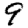
Digit: 9